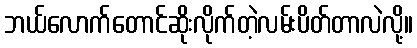
ဘယ်လောက်တောင်ဆိုးလိုက်တဲ့လမ်းပိတ်တာလဲလို့။